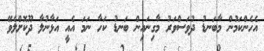
އެހެންކަމުން މާބަނޑު ދުވަސްވަރު މާގިނައިން ބަނޑު ކަހާ ނަމަ އެއީ އަޅާނުލާ ދޫކޮށްލެވޭ